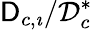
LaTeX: \mathsf{D}_{c,\imath}/\mathcal{D}_{c}^{*}